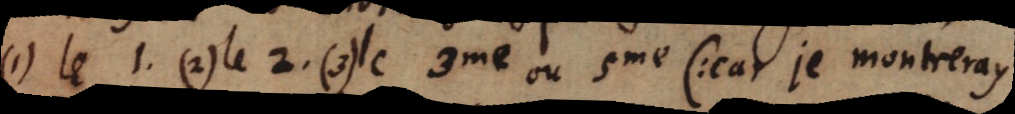
(1) le 1. (2) la 2. (3)le 3me ou 5me (: car je montreray